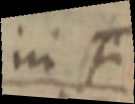
ini si